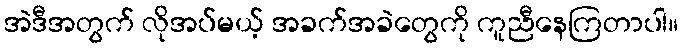
အဲဒီအတွက် လိုအပ်မယ့် အခက်အခဲတွေကို ကူညီနေကြတာပါ။